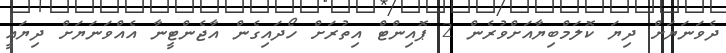
ދެވަނަޔަށް ދިޔަ ކޮލަމްބިޔާއަށްވުރެން 2 ޕޮއިންޓް އިތުރަށް ހޯދައިގެން އާޖެންޓީނާ އެއްވަނަޔަށް ދިޔައީ